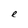
Character: e